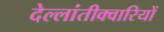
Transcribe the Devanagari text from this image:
देल्लांतीक्वारियों